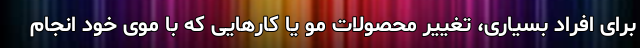
برای افراد بسیاری، تغییر محصولات مو یا کارهایی که با موی خود انجام